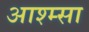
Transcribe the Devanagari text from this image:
आश्म्सा